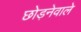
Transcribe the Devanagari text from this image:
छोड़नेवाले